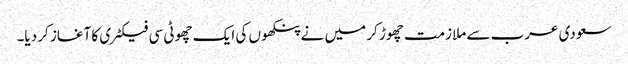
سعودی عرب سے ملازمت چھوڑ کر میں نے پنکھوں کی ایک چھوٹی سی فیکٹری کا آغاز کر دیا۔